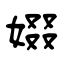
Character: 娺